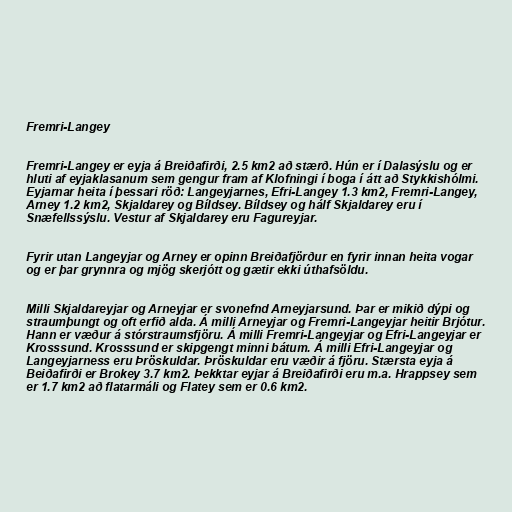
Fremri-Langey

Fremri-Langey er eyja á Breiðafirði, 2.5 km2 að stærð. Hún er í Dalasýslu og er
hluti af eyjaklasanum sem gengur fram af Klofningi í boga í átt að Stykkishólmi.
Eyjarnar heita í þessari röð: Langeyjarnes, Efri-Langey 1.3 km2, Fremri-Langey,
Arney 1.2 km2, Skjaldarey og Bíldsey. Bíldsey og hálf Skjaldarey eru í
Snæfellssýslu. Vestur af Skjaldarey eru Fagureyjar.

Fyrir utan Langeyjar og Arney er opinn Breiðafjörður en fyrir innan heita vogar
og er þar grynnra og mjög skerjótt og gætir ekki úthafsöldu.

Milli Skjaldareyjar og Arneyjar er svonefnd Arneyjarsund. Þar er mikið dýpi og
straumþungt og oft erfið alda. Á milli Arneyjar og Fremri-Langeyjar heitir Brjótur.
Hann er væður á stórstraumsfjöru. Á milli Fremri-Langeyjar og Efri-Langeyjar er
Krosssund. Krosssund er skipgengt minni bátum. Á milli Efri-Langeyjar og
Langeyjarness eru Þröskuldar. Þröskuldar eru væðir á fjöru. Stærsta eyja á
Beiðafirði er Brokey 3.7 km2. Þekktar eyjar á Breiðafirði eru m.a. Hrappsey sem
er 1.7 km2 að flatarmáli og Flatey sem er 0.6 km2.